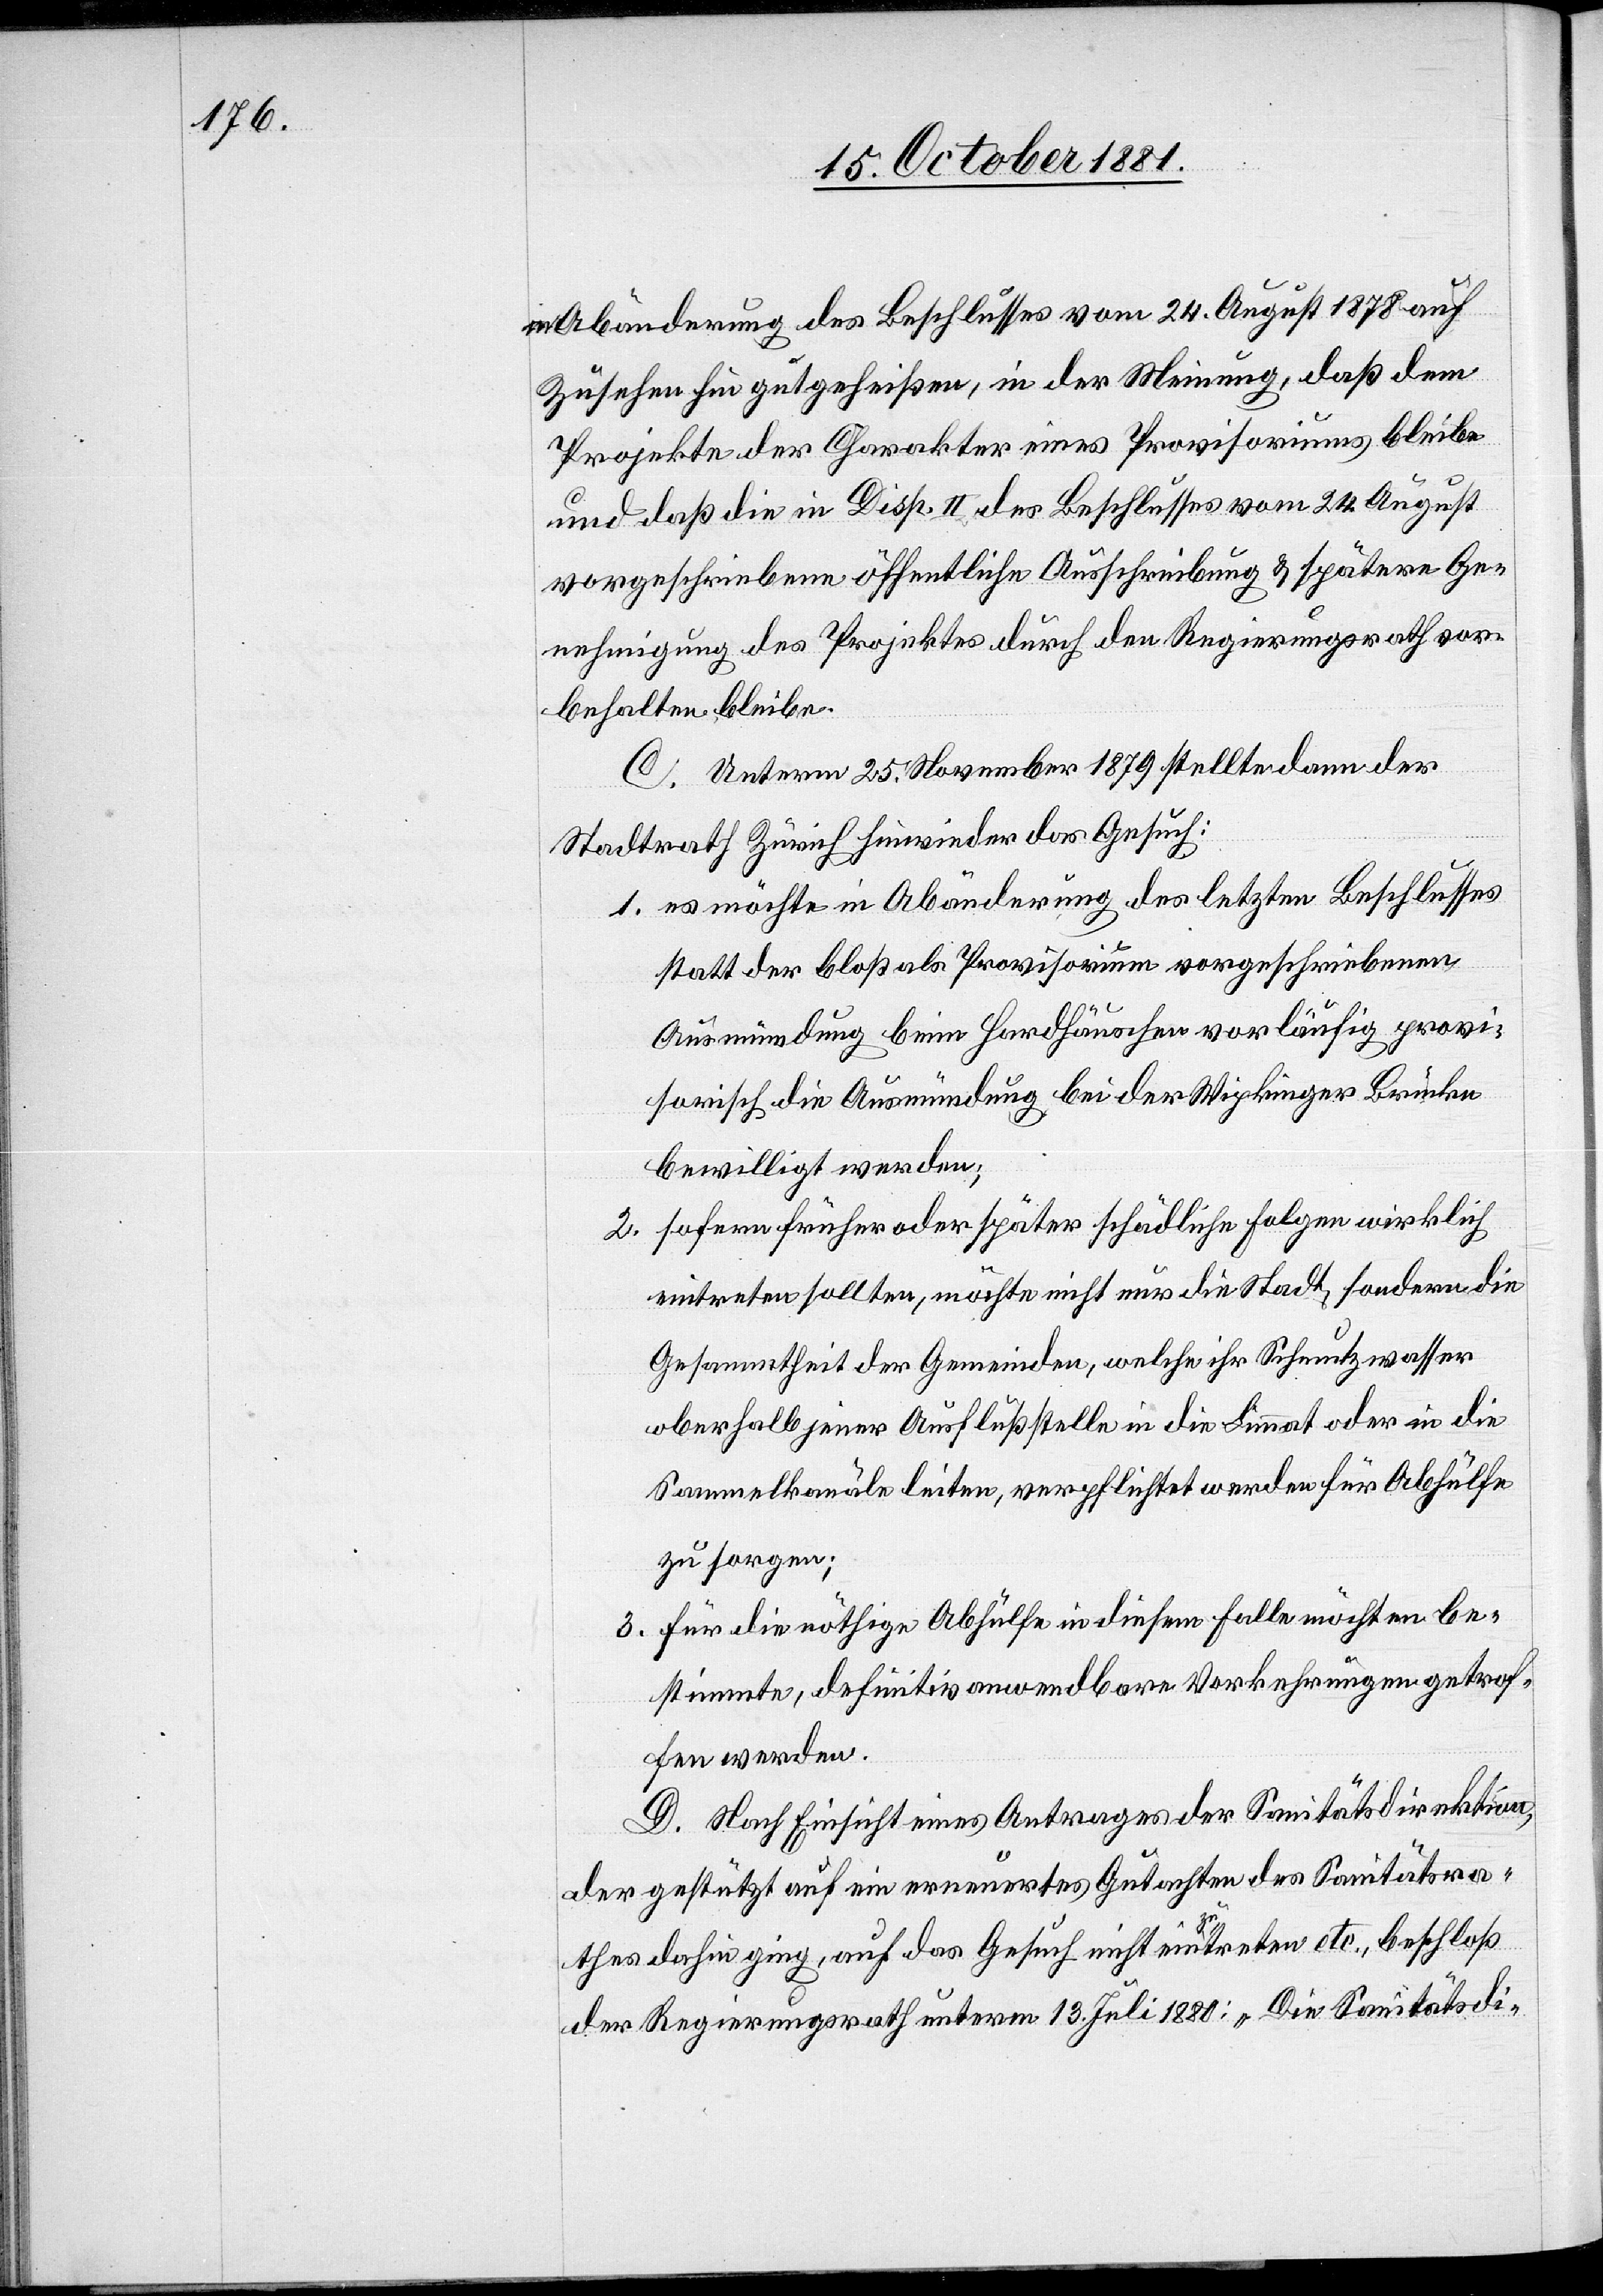
in Abänderung des Beschlusses vom 24. August 1878 auf
Zusehen für gutgeheißen, in der Meinung, daß dem
Projekte der Charakter eines Provisoriums bleibe
und daß die in Disp. II des Beschlusses vom 24. August
vorgeschriebene öffentliche Ausschreibung & spätere Ge¬
nehmigung des Projektes durch den Regierungsrath vor¬
behalten bleibe.
C. Unterm 25. November 1879 stellte dann der
Stadtrath Zürich hiewieder das Gesuch:
1. es möchte in Abänderung des letzten Beschlusses
statt der bloß als Provisorium vorgeschriebenen
Ausmündung beim Hardhäuschen vorläufig provi¬
sorisch die Ausmündung bei der Wipkinger Brücke
bewilligt werden;
2. sofern früher oder später schädliche Folgen wirklich
eintreten sollten, möchte nicht nur die Stadt, sondern die
Gesammtheit der Gemeinden, welche ihr Schmutzwasser
oberhalb jener Ausflußstelle in die Limmat oder in die
Sammelkanäle leiten, verpflichtet werden für Abhülfe
zu sorgen;
3. für die nöthige Abhülfe in diesem Falle möchten be¬
stimmte, definitiv anwendbare Vorkehrungen getrof¬
fen werden.
D. Nach Einsicht eines Antrages der Sanitätsdirektion,
der gestützt auf ein erneuertes Gutachten des Sanitätsra¬
thes dahin ging, auf das Gesuch nicht einzutreten etc., beschloß
der Regierungsrath unterm 13. Juli 1880: „Die Sanitätsdi-